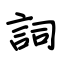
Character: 詞